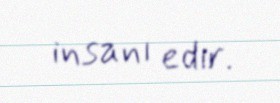
insanı edir.